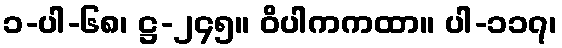
၁-ပါ-၆၈၊ ဋ္ဌ-၂၄၅။ ဝိပါကကထာ။ ပါ-၁၁၇၊